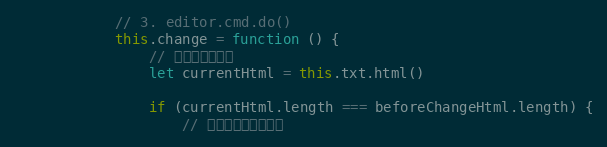
Language: JavaScript
            // 3. editor.cmd.do()
            this.change = function () {
                // 判断是否有变化
                let currentHtml = this.txt.html()

                if (currentHtml.length === beforeChangeHtml.length) {
                    // 需要比较每一个字符